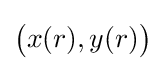
{\big (}x(r),y(r){\big )}